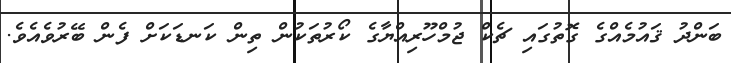
ބަންދު ޤައުމެއްގެ ގޮތުގައި ޗެކް ޖުމްހޫރިއްޔާގެ ކޯރުތަކުން ތިން ކަނޑަކަށް ފެން ބޭރުވެއެވެ.